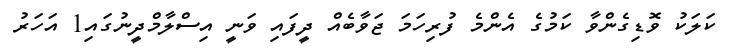
ކަލަކު ވޮޑިގެންވާ ކަމުގެ އެންމެ ފުރިހަމަ ޖަވާބެއް ދީފައި ވަނީ އިސްލާމްދީނުގައި1 އަހަރު